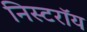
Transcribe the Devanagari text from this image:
निस्टरॉय